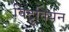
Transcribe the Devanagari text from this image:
विट्रुवियन